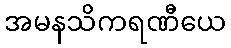
အမနသိကရဏီယေ